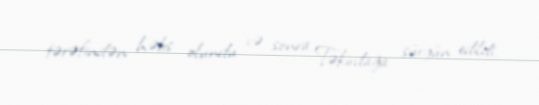
tərəfindən həbs olundu və sonra Təkirdağa sürgün edildi.